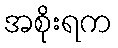
အစိုးရက